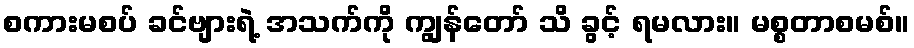
စကားမစပ် ခင်ဗျားရဲ့ အသက်ကို ကျွန်တော် သိ ခွင့် ရမလား။ မစ္စတာစမစ်။